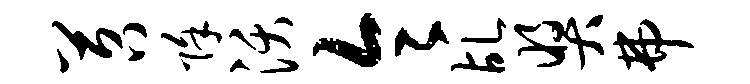
苕除沃令乩奖弗